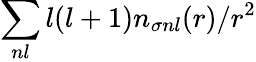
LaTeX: \sum_{nl}l(l+1)n_{\sigma nl}(r)/r^{2}